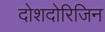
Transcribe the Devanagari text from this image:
दोशदोरिजिन